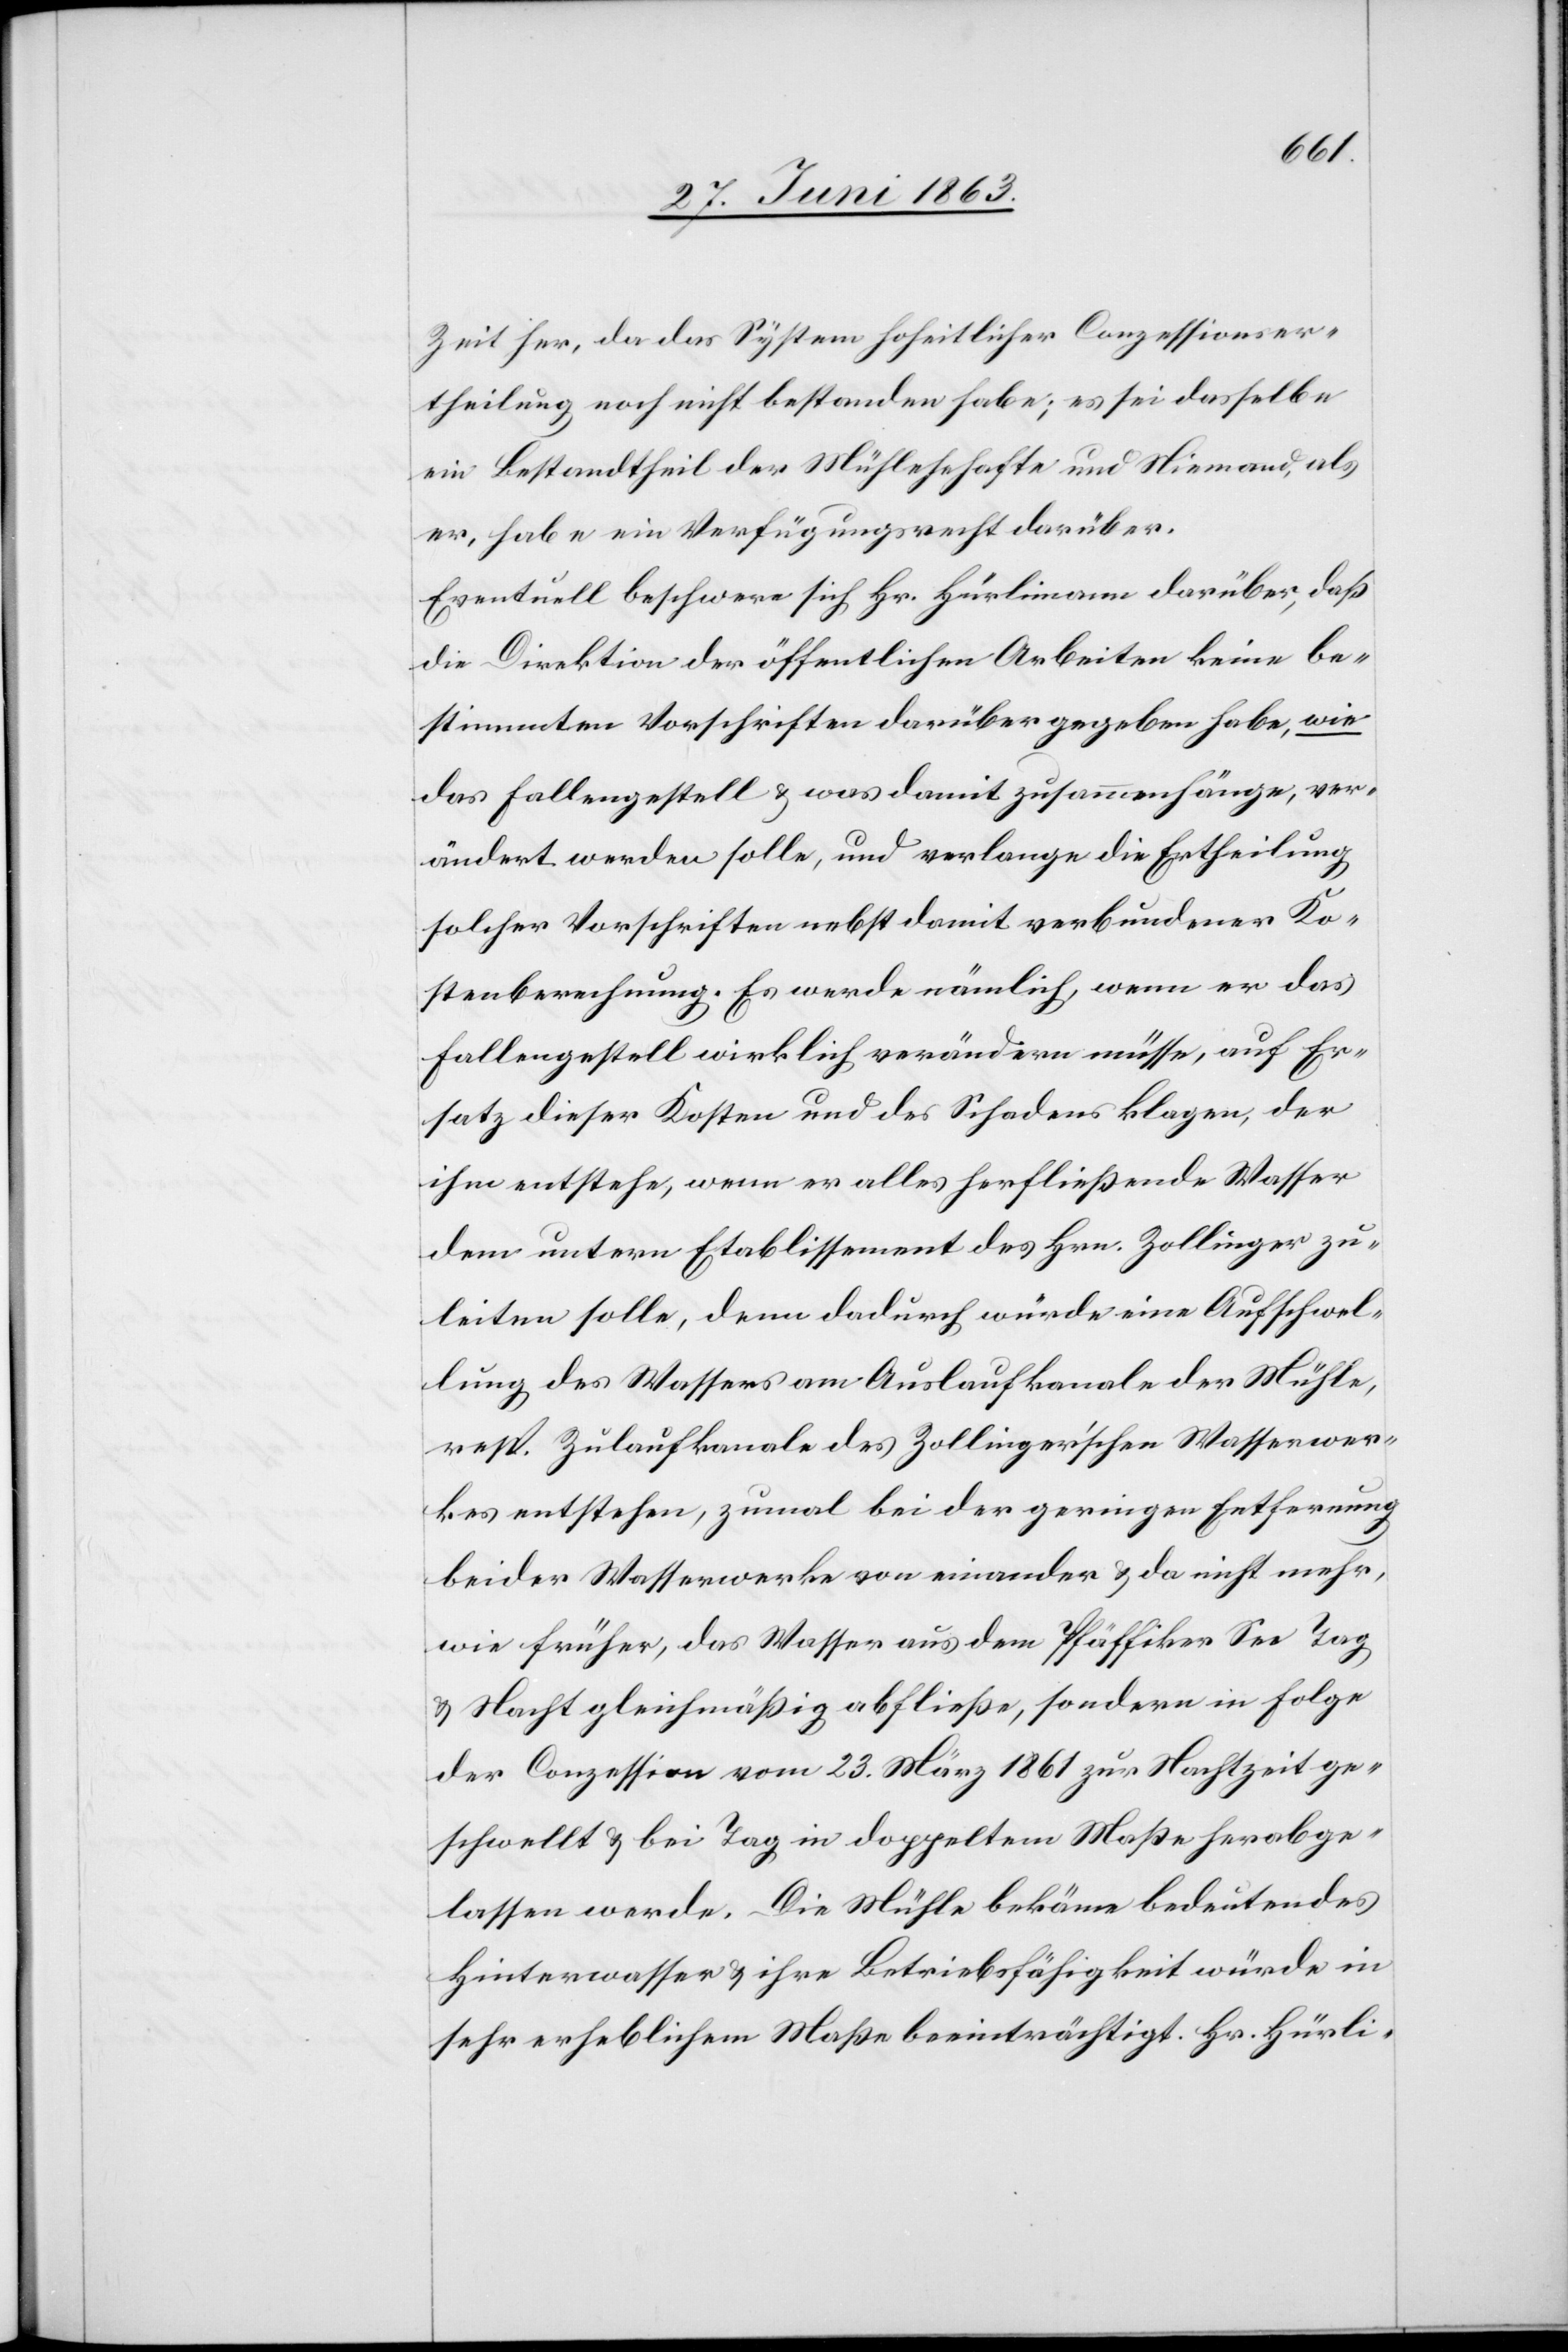
Zeit her, da das System hoheitlicher Conzessionser¬
theilung noch nicht bestanden habe; es sei dasselbe
ein Bestandtheil der Mühlehehafte und Niemand, als
er, habe ein Verfügungsrecht darüber.
Eventuell beschwere sich Hr. Hürlimann darüber, daß
die Direktion der öffentlichen Arbeiten keine be¬
stimmten Vorschriften darüber gegeben habe, wie
das Fallengestell & was damit zusammenhänge, ver¬
ändert werden solle, und verlange die Ertheilung
solcher Vorschriften nebst damit verbundener Ko¬
stenberechnung. Es werde nämlich, wenn er das
Fallengestell wirklich verändern müsse, auf Er¬
satz dieser Kosten und des Schadens klagen, der
ihm entstehe, wenn er alles herfließende Wasser
dem untern Etablissement des Hrn. Zollinger zu¬
leiten solle, denn dadurch würde eine Aufschwel¬
lung des Wassers am Auslaufkanale der Mühle,
resp. Zulaufkanale des Zollinger'schen Wasserwer¬
kes entstehen, zumal bei der geringen Entfernung
beider Wasserwerke von einander & da nicht mehr,
wie früher, das Wasser aus dem Pfäffiker See Tag
& Nacht gleichmäßig abfließe, sondern in Folge
der Conzession vom 23. März 1861 zur Nachtzeit ge¬
schwellt & bei Tag in doppeltem Maße herabge¬
lassen werde. Die Mühle bekäme bedeutendes
Hinterwasser & ihre Betriebsfähigkeit würde in
sehr erheblichem Maße beeinträchtigt. Hr. Hürli-